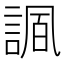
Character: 𧩠